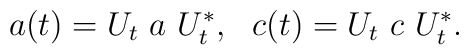
a(t) = U_t ~a~ U_t^{*} ,~~ c(t) = U_t~ c~ U_t^{*}.